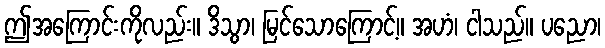
ဤအကြောင်းကိုလည်း။ ဒိသွာ၊ မြင်သောကြောင့်။ အဟံ၊ ငါသည်။ ပညော၊